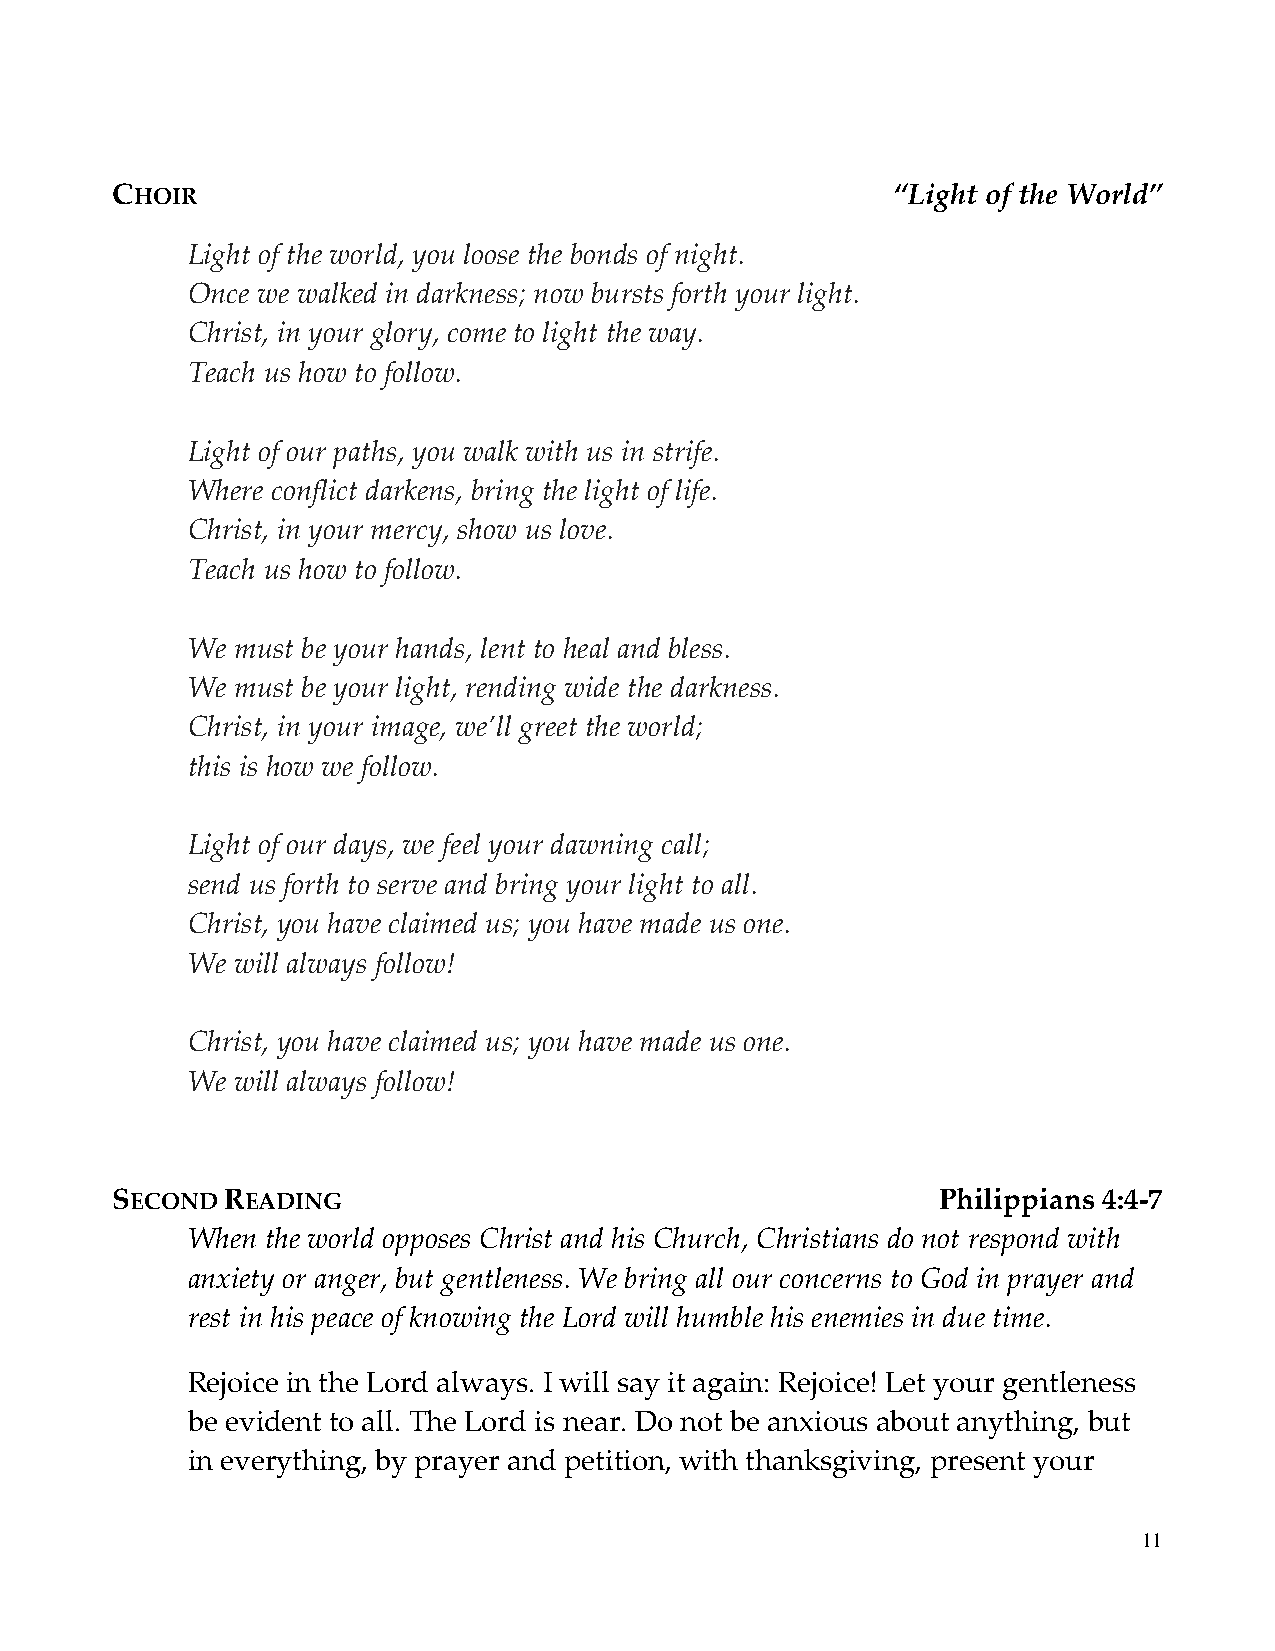
CHOIR                                               “Light of the World”
 Light of the world, you loose the bonds of night.
 Once we walked in darkness; now bursts forth your light.
 Christ, in your glory, come to light the way.
 Teach us how to follow.
 Light of our paths, you walk with us in strife.
 Where conflict darkens, bring the light of life.
 Christ, in your mercy, show us love.
 Teach us how to follow.
 We must be your hands, lent to heal and bless.
 We must be your light, rending wide the darkness.
 Christ, in your image, we’ll greet the world;
 this is how we follow.
 Light of our days, we feel your dawning call;
 send us forth to serve and bring your light to all.
 Christ, you have claimed us; you have made us one.
 We will always follow!
 Christ, you have claimed us; you have made us one.
 We will always follow!
 SECOND  READING                                        Philippians 4:4-7
 When  the world opposes Christ and his Church, Christians do not respond with
 anxiety or anger, but gentleness. We bring all our concerns to God in prayer and
 rest in his peace of knowing the Lord will humble his enemies in due time.
 Rejoice in the Lord always. I will say it again: Rejoice! Let your gentleness
 be evident to all. The Lord is near. Do not be anxious about anything, but
 in everything, by prayer and petition, with thanksgiving, present your
 11